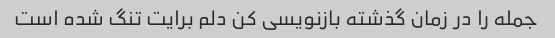
جمله را در زمان گذشته بازنویسی کن دلم برایت تنگ شده است